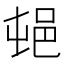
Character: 𰻣